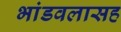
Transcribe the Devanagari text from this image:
भांडवलासह